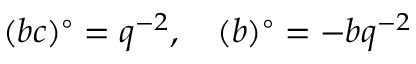
( \d a \d b \d c \d d ) ^ { \circ } = q ^ { - 2 } , \quad ( \d a \d b \d d ) ^ { \circ } = - \d b q ^ { - 2 }